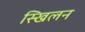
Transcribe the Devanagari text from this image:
स्खिलन